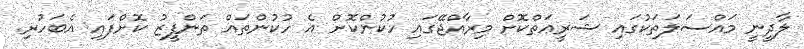
ލާދީނީ މައްސަލަތަކުގައި ޝަރީޢަތްކޮށް މިރާއްޖޭގައި ހުކުންކޮށް އެ ހުކުންތައް ތަންފީޒު ކޮށްފައި އެބަހުރި.